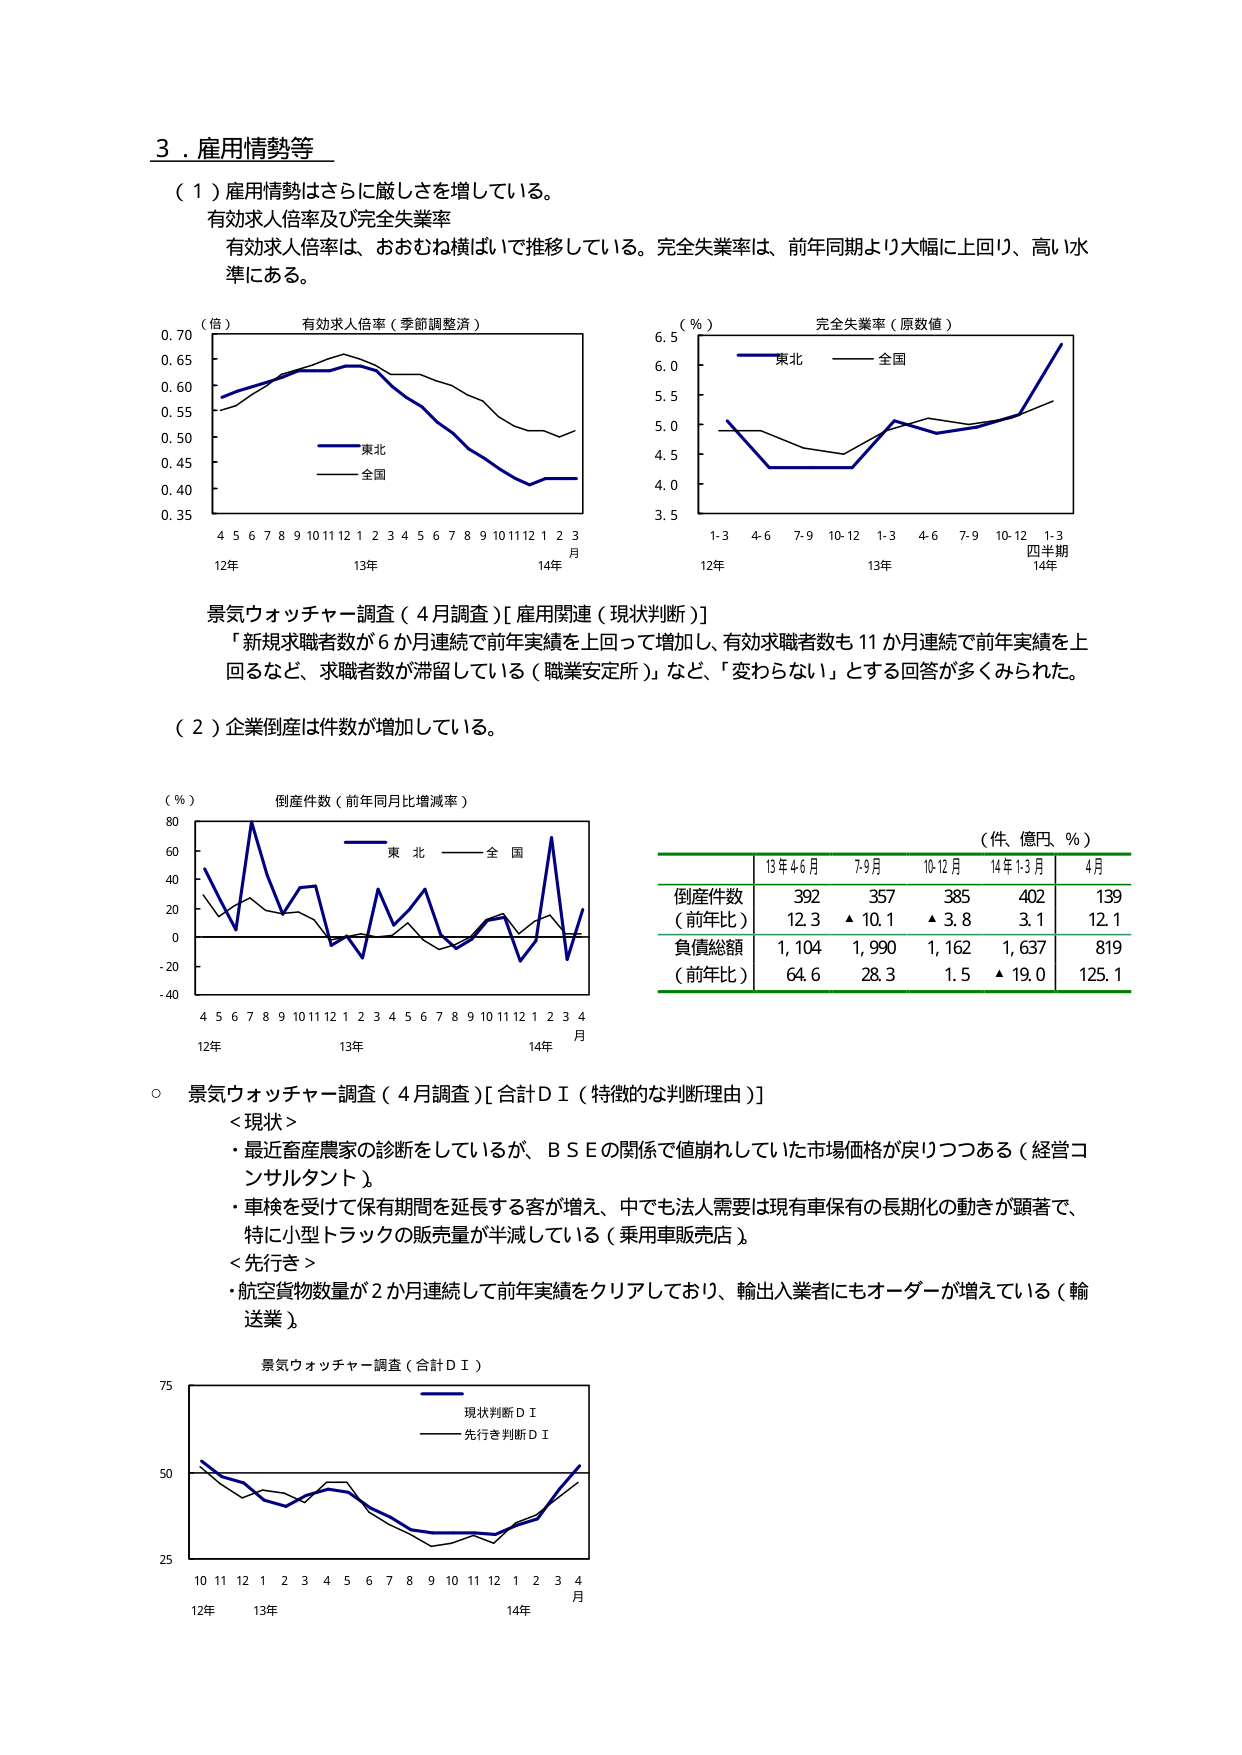
3．雇用情勢等

（1）雇用情勢はさらに厳しさを増している。
有効求人倍率及び完全失業率
有効求人倍率は、おおむね横ばいで推移している。完全失業率は、前年同期より大幅に上回り、高い水準にある。

（倍）
有効求人倍率（季節調整済）
0.70
0.65
0.60
0.55
0.50
0.45
0.40
0.35
4 5 6 7 8 9 10 11 12 1 2 3 4 5 6 7 8 9 10 11 12 1 2 3
月
12年 13年 14年
東北
全国

（％）
完全失業率（原数値）
6.5
6.0
5.5
5.0
4.5
4.0
3.5
1-3 4-6 7-9 10-12 1-3 4-6 7-9 10-12 1-3
四半期
12年 13年 14年
東北
全国

景気ウォッチャー調査（4月調査）[雇用関連（現状判断）]
「新規求職者が6か月連続で前年実績を上回って増加し、有効求職者数も11か月連続で前年実績を上回るなど、求職者数が滞留している（職業安定所）」など、「変わらない」とする回答が多くみられた。

（2）企業倒産は件数が増加している。

（％）
倒産件数（前年同月比増減率）
80
60
40
20
0
-20
-40
4 5 6 7 8 9 10 11 12 1 2 3 4 5 6 7 8 9 10 11 12 1 2 3 4
月
12年 13年 14年
東北
全国

（件、億円、％）
13年4-6月 7-9月 10-12月 14年1-3月 4月
倒産件数 392 357 385 402 139
（前年比） 12.3 ▲10.1 ▲3.8 3.1 12.1
負債総額 1,104 1,990 1,162 1,637 819
（前年比） 64.6 28.3 1.5 ▲19.0 125.1

○ 景気ウォッチャー調査（4月調査）[合計ＤＩ（特徴的な判断理由）]
＜現状＞
・最近畜産農家の診断をしているが、ＢＳＥの関係で値崩れしていた市場価格が戻りつつある（経営コンサルタント）。
・車検を受けて保有期間を延長する客が増え、中でも法人需要は現有車保有の長期化の動きが顕著で、特に小型トラックの販売量が半減している（乗用車販売店）。
＜先行き＞
・航空貨物数量が2か月連続して前年実績をクリアしており、輸出入業者にもオーダーが増えている（輸送業）。

景気ウォッチャー調査（合計ＤＩ）
75
50
25
10 11 12 1 2 3 4 5 6 7 8 9 10 11 12 1 2 3 4
月
12年 13年 14年
現状判断ＤＩ
先行き判断ＤＩ